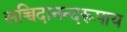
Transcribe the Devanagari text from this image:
सच्चिदानन्दरूपाय